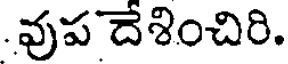
.వుప దేశించిరి.